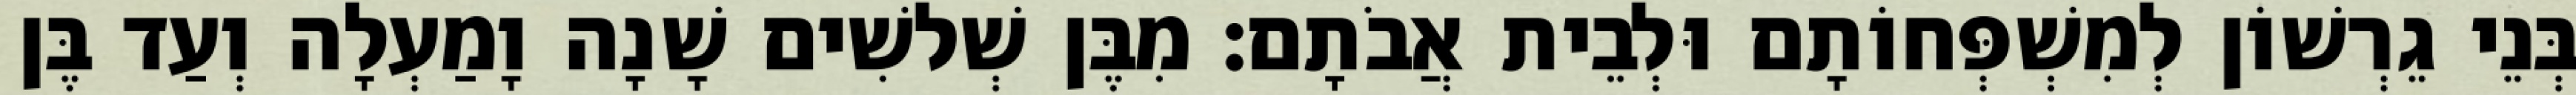
בְּנֵי גֵרְשׁוֹן לְמִשְׁפְּחוֹתָם וּלְבֵית אֲבֹתָם׃ מִבֶּן שְׁלשִׁים שָׁנָה וָמַעְלָה וְעַד בֶּן